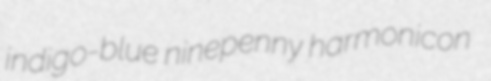
indigo-blue ninepenny harmonicon